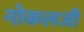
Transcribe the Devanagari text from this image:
गोकलजी